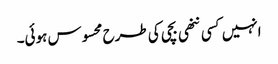
انہیں کسی ننھی بچی کی طرح محسوس ہوئی۔